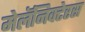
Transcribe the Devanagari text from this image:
मेलॅनिक्टेरस